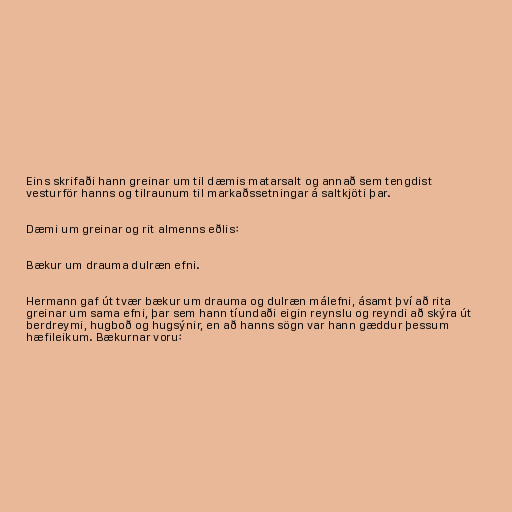
Eins skrifaði hann greinar um til dæmis matarsalt og annað sem tengdist
vesturför hanns og tilraunum til markaðssetningar á saltkjöti þar.

Dæmi um greinar og rit almenns eðlis:

Bækur um drauma dulræn efni.

Hermann gaf út tvær bækur um drauma og dulræn málefni, ásamt því að rita
greinar um sama efni, þar sem hann tíundaði eigin reynslu og reyndi að skýra út
berdreymi, hugboð og hugsýnir, en að hanns sögn var hann gæddur þessum
hæfileikum. Bækurnar voru: